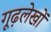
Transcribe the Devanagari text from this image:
गूढ़लेखों